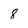
Character: 8